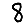
Digit: 8